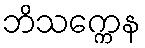
ဘိသက္ကေန